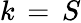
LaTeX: k\, =\, S